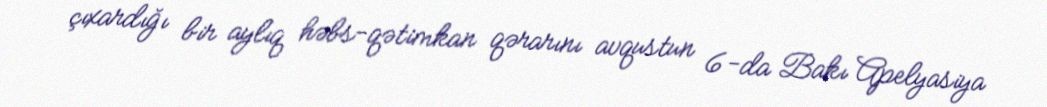
çıxardığı bir aylıq həbs-qətimkan qərarını avqustun 6-da Bakı Apelyasiya